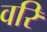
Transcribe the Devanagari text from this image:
वरि